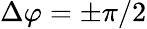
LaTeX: \Delta\varphi=\pm\pi/2